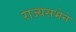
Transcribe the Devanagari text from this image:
राज्यसभेने